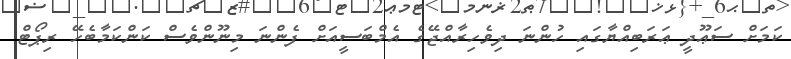
ކަމަށް ސަޢޫދީ ޢަރަބިއްޔާގައި ހުންނަ ދިވެހިރާއްޖޭގެ އެމްބަސީއަށް ފެންނަ މިނޫންވެސް ކަންކަމާބެހޭ ރިޕޯޓް